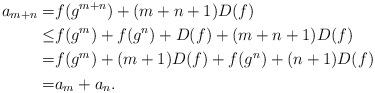
LaTeX: \begin{align*}a_{m+n}=& f(g^{m+n})+(m+n+1)D(f)\\\leq& f(g^m)+f(g^n)+D(f)+(m+n+1)D(f)\\=& f(g^m)+(m+1)D(f)+f(g^n)+(n+1)D(f)\\=& a_m+a_n.\end{align*}